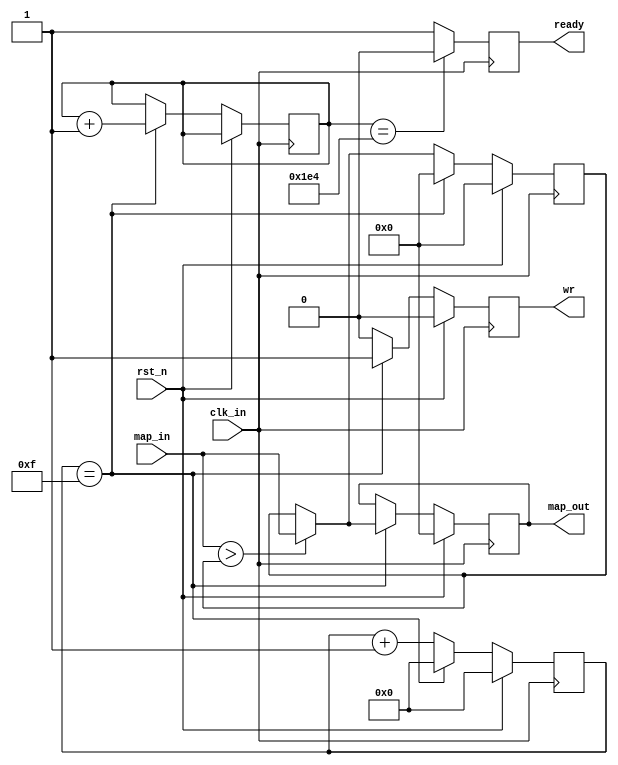
`timescale 1ns / 1ps
//////////////////////////////////////////////////////////////////////////////////
// Company: 
// Engineer: 
// 
// Design Name: 
// Module Name:    m_max_relu_2 
// Project Name: 
// Target Devices: 
// Tool versions: 
// Description: 
//
// Dependencies: 
//
// Revision: 
// Revision 0.01 - File Created
// Additional Comments: 
//
//////////////////////////////////////////////////////////////////////////////////
module m_max_relu_2(
	clk_in,
	rst_n,
	map_in,
	map_out,
	wr,
	ready
    );

parameter max_stride = 4'd15;	//-1
parameter num_out = 9'd484;	//map

input clk_in;
input rst_n;
input signed [15:0] map_in;
output reg signed [15:0] map_out = 0;
output reg wr = 0;	//ram
output reg ready = 1;	//

reg signed [15:0] tmp_max = 0;
reg [3:0] cnt_stride = 0;

reg [8:0] out_cnt = 0;

always @ (posedge clk_in)
begin
	if (rst_n)
	begin
		tmp_max <= 0;	//relu
		cnt_stride <= 0;
		map_out <= 0;
		wr <= 0;
		out_cnt <= out_cnt;
	end
	else
	begin
		if (cnt_stride == max_stride)
		begin
			tmp_max <= 0;
			cnt_stride <= 0;
			if (map_in > tmp_max)
				map_out <= map_in;
			else
				map_out <= tmp_max;
			wr <= 1;
			out_cnt <= out_cnt + 1;
		end
		else
		begin
			if (map_in > tmp_max)
				tmp_max <= map_in;
			else
				tmp_max <= tmp_max;
			cnt_stride <= cnt_stride + 1;
			map_out <= map_out;
			wr <= 0;
			out_cnt <= out_cnt;
		end
	end
end

always @ (posedge clk_in)
begin
	if (out_cnt == num_out)
		ready <= 0;
	else
		ready <= 1;
end		

endmodule